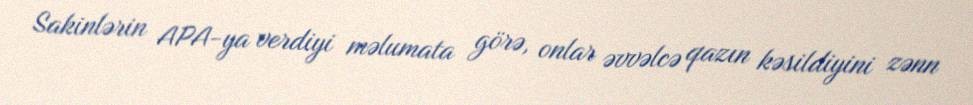
Sakinlərin APA-ya verdiyi məlumata görə, onlar əvvəlcə qazın kəsildiyini zənn